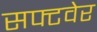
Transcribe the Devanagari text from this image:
सफ्टवेर